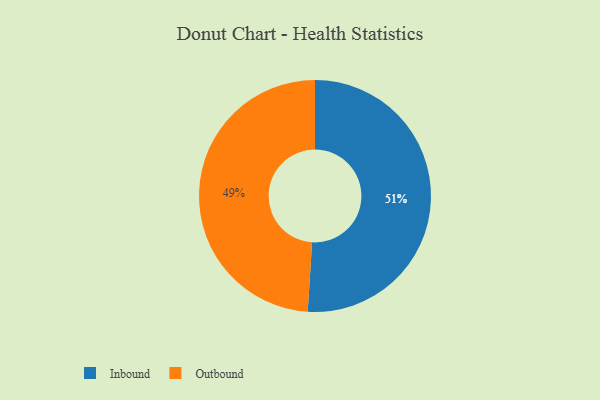
{"axis": {"x": "Category", "y": "Percentage"}, "legend": ["Inbound", "Outbound"], "data": [{"x": "Inbound", "y": 51, "type": "Inbound"}, {"x": "Outbound", "y": 49, "type": "Outbound"}]}